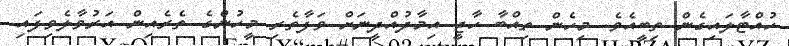
ހުއްޓާލައިގެން ތިބީއެވެ. މިހެން ތިއްބާ ހާޖީ އިމާދުއްދީނަށް ވަފާތެރި މީހުންގެ ތެރެއިން އަރުވާލެވިފައި